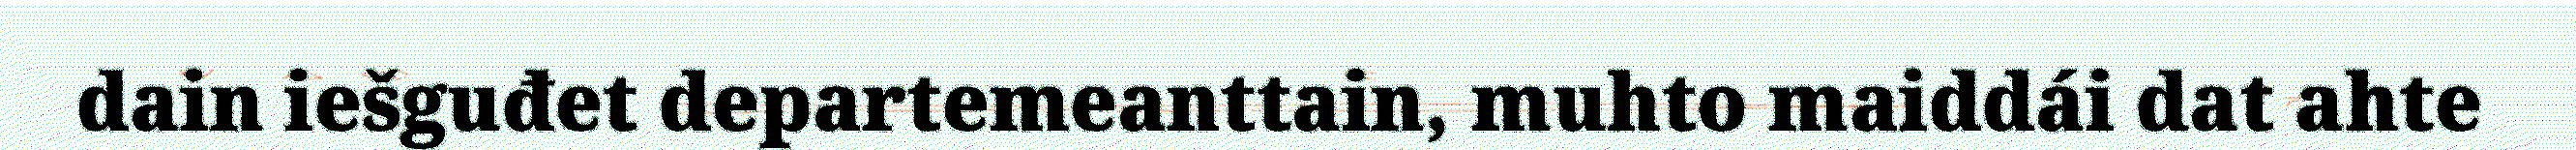
dain iešguđet departemeanttain, muhto maiddái dat ahte